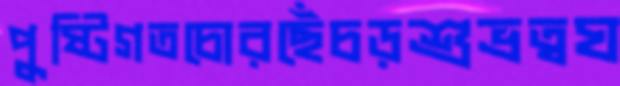
পুষ্টিগতচোরছেঁচড়শুভ্রত্বঘ